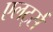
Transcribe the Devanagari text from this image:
एलर्ट्स